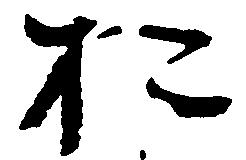
於